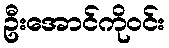
ဦးအောင်ကိုဝင်း